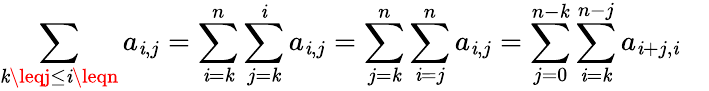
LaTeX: \sum_{\mathit{k}\leqj\leq\mathit{i}\leqn}a_{\mathit{i},j}=\sum_{\mathit{i}=\mathit{k}}^{n}\sum_{j=\mathit{k}}^{\mathit{i}}a_{\mathit{i},j}=\sum_{j=\mathit{k}}^{n}\sum_{\mathit{i}=j}^{n}a_{\mathit{i},j}=\sum_{j=0}^{n-\mathit{k}}\sum_{\mathit{i}=\mathit{k}}^{n-j}a_{\mathit{i}+j,\mathit{i}}\quad